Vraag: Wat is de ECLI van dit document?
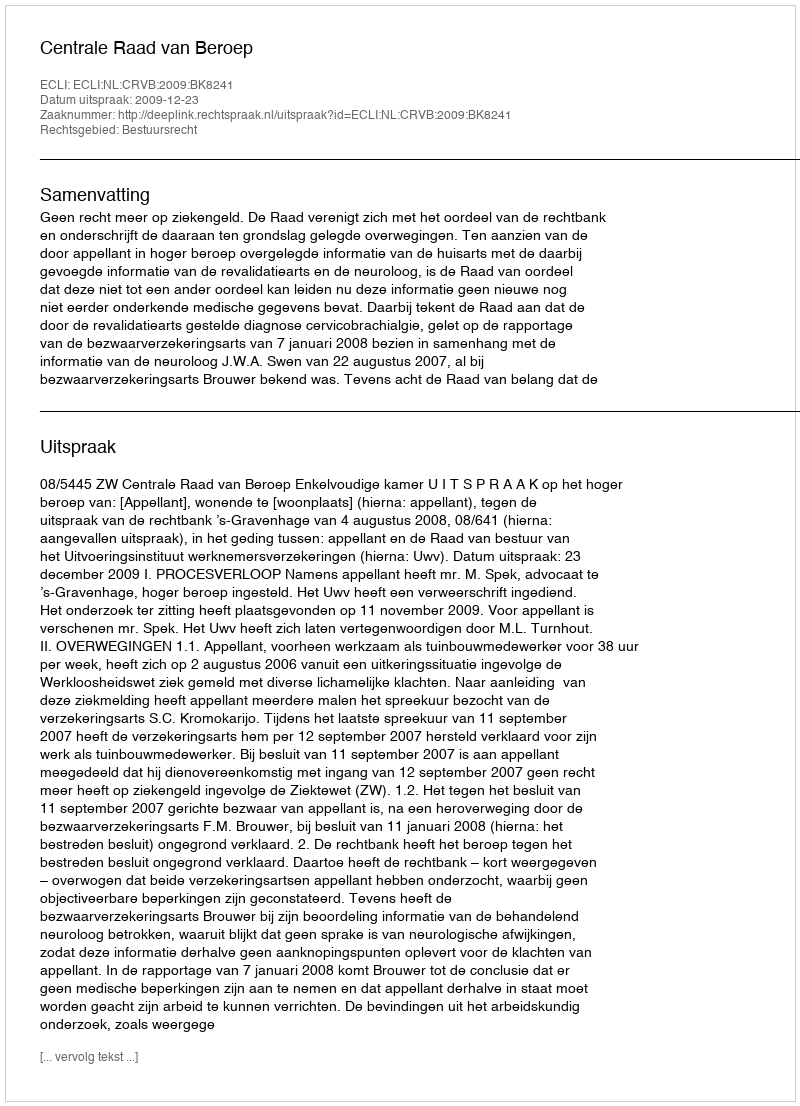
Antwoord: ECLI:NL:CRVB:2009:BK8241